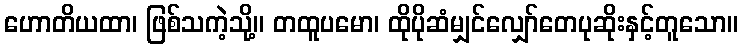
ဟောတိယထာ၊ ဖြစ်သကဲ့သို့။ တထူပမော၊ ထိုပိုဆံမျှင်လျှော်တေပုဆိုးနှင့်တူသော။